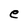
Character: e